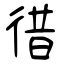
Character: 徣